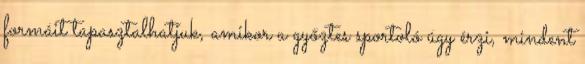
formáit tapasztalhatjuk, amikor a győztes sportoló úgy érzi, mindent